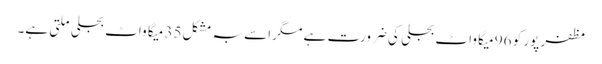
مظفر پور کو 96 میگا واٹ بجلی کی ضرورت ہے مگر اسے بہ مشکل35 میگا واٹ بجلی ملتی ہے۔